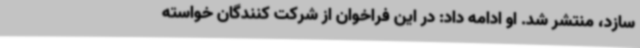
سازد، منتشر شد. او ادامه داد: در این فراخوان از شرکت کنندگان خواسته